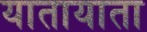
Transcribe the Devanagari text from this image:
यातायाता